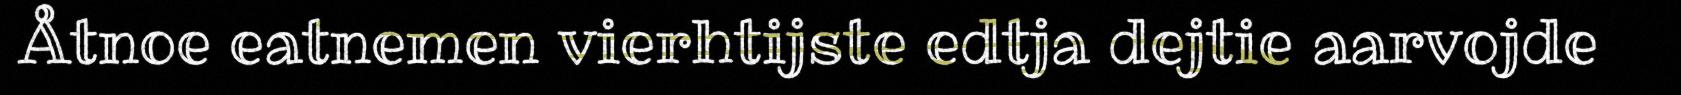
Åtnoe eatnemen vierhtijste edtja dejtie aarvojde